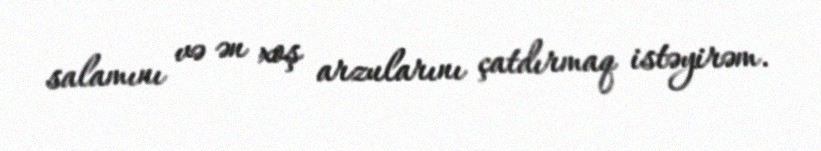
salamını və ən xoş arzularını çatdırmaq istəyirəm.